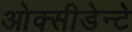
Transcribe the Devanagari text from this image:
ओक्सीडेन्टे